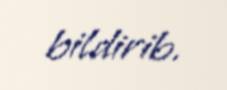
bildirib.